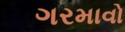
ગરમાવો